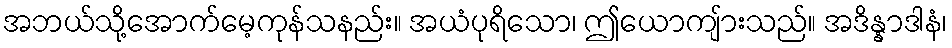
အဘယ်သို့အောက်မေ့ကုန်သနည်း။ အယံပုရိသော၊ ဤယောကျ်ားသည်။ အဒိန္နာဒါနံ၊